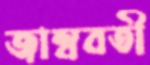
জাম্ববতী